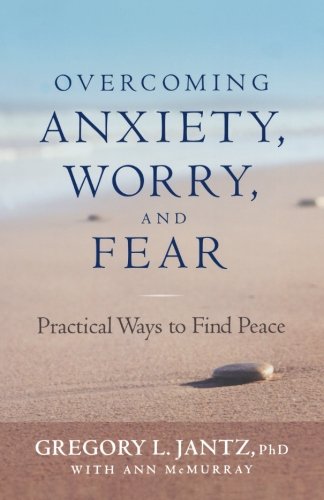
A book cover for Overcoming Anxiety, Worry, and Fear: Practical Ways to Find Peace; Gregory L. Ph.D. Jantz; Self-Help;